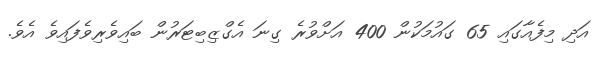
އަދި މިފެއާގައި 65 ގައުމަކުން 400 އަށްވުރެ ގިނަ އެގްޒިބިޓަރުން ބައިވެރިވެފައިވެ އެވެ.